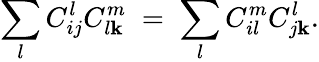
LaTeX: \sum_{l}C_{ij}^{l}C_{l\mathbf{k}}^{m}\; =\; \sum_{l}C_{il}^{m}C_{j\mathbf{k}}^{l}.